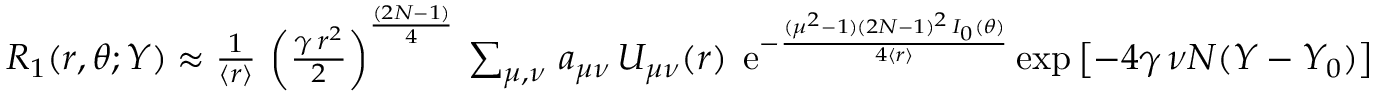
\begin{array} { r } { R _ { 1 } ( r , \theta ; Y ) \approx { \frac { 1 } { \langle r \rangle } } \, \left( { \frac { \gamma \, r ^ { 2 } } { 2 } } \right) ^ { \frac { ( 2 N - 1 ) } { 4 } } \, \sum _ { \mu , \nu } \, a _ { \mu \nu } \, U _ { \mu \nu } ( r ) \; \, \mathrm { e } ^ { - { \frac { ( \mu ^ { 2 } - 1 ) ( 2 N - 1 ) ^ { 2 } \, I _ { 0 } ( \theta ) } { 4 \langle r \rangle } } } \, \mathrm { e x p } \left[ - 4 \gamma \, \nu N ( Y - Y _ { 0 } ) \right] } \end{array}